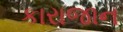
કારાજાન